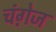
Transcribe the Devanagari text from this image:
चंगे़ज